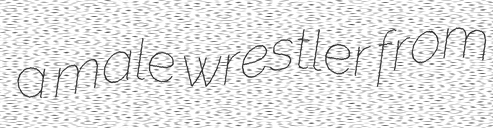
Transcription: a male wrestler from